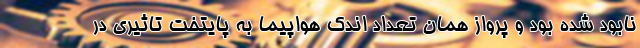
نابود شده بود و پرواز همان تعداد اندک هواپیما به پایتخت تاثیری در